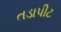
તડાપીટ